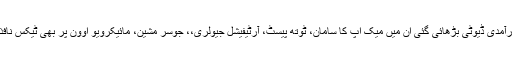
جن اشیا پر درآمدی ڈیوٹی بڑھائی گئی ان میں میک اپ کا سامان، ٹوتھ پیسٹ، آرٹیفیشل جیولری،، جوسر مشین، مائیکرویو اوون پر بھی ٹیکس نافذ کیا گیا ہے ۔